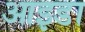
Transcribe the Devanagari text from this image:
आइडा